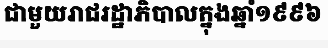
ជាមួយរាជរដ្ឋាភិបាលក្នុងឆ្នាំ១៩៩៦